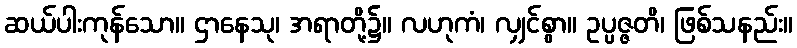
ဆယ်ပါးကုန်သော။ ဌာနေသု၊ အရာတို့၌။ လဟုကံ၊ လျှင်စွာ။ ဥပ္ပဇ္ဇတိ၊ ဖြစ်သနည်း။